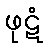
ဖုဋံ